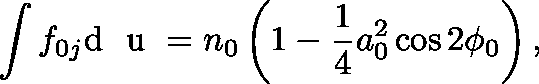
\int f _ { 0 j } \mathrm { d } \mathrm { ~ \boldmath ~ u ~ } = n _ { 0 } \left( 1 - \frac { 1 } { 4 } a _ { 0 } ^ { 2 } \cos 2 \phi _ { 0 } \right) ,